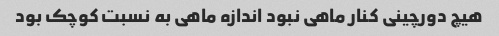
هیچ دورچینی کنار ماهی نبود اندازه ماهی به نسبت کوچک بود